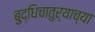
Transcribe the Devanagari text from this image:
बुद्धिचातुर्याच्या